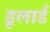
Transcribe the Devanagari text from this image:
डूलार्ड